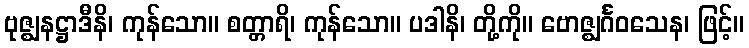
ဗုဇ္ဈနဋ္ဌာဒီနိ၊ ကုန်သော။ စတ္တာရိ၊ ကုန်သော။ ပဒါနိ၊ တို့ကို။ ဗောဇ္ဈင်္ဂဝသေန၊ ဖြင့်။